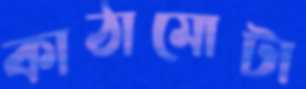
কাঠামোটা